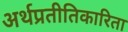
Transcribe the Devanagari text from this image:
अर्थप्रतीतिकारिता